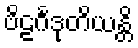
ဗိဠင်္ဂဒုတိယန္တိ